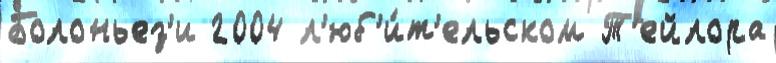
Болоньез'и 2004 л'юб'и́т'ельском Т'ейлора